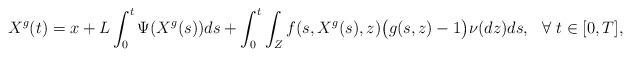
LaTeX: \begin{align*}X^g(t)=x+L\int_0^t\Psi(X^g(s))ds+\int_0^t\int_Zf(s,X^g(s),z)\big(g(s,z)-1\big)\nu(dz)ds,~~\forall~t\in[0,T],\end{align*}